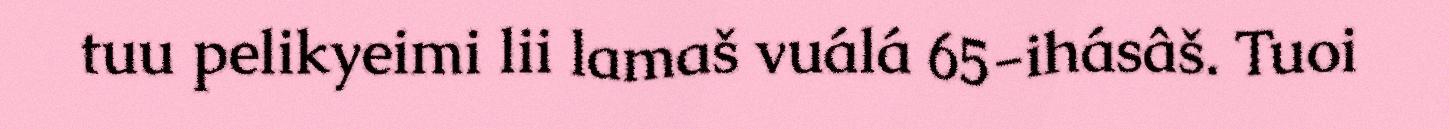
tuu pelikyeimi lii lamaš vuálá 65-ihásâš. Tuoi